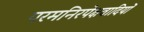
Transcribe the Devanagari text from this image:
परमनिरपेक्षवादियों